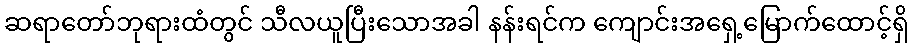
ဆရာတော်ဘုရားထံတွင် သီလယူပြီးသောအခါ နန်းရင်က ကျောင်းအရှေ့မြောက်ထောင့်ရှိ